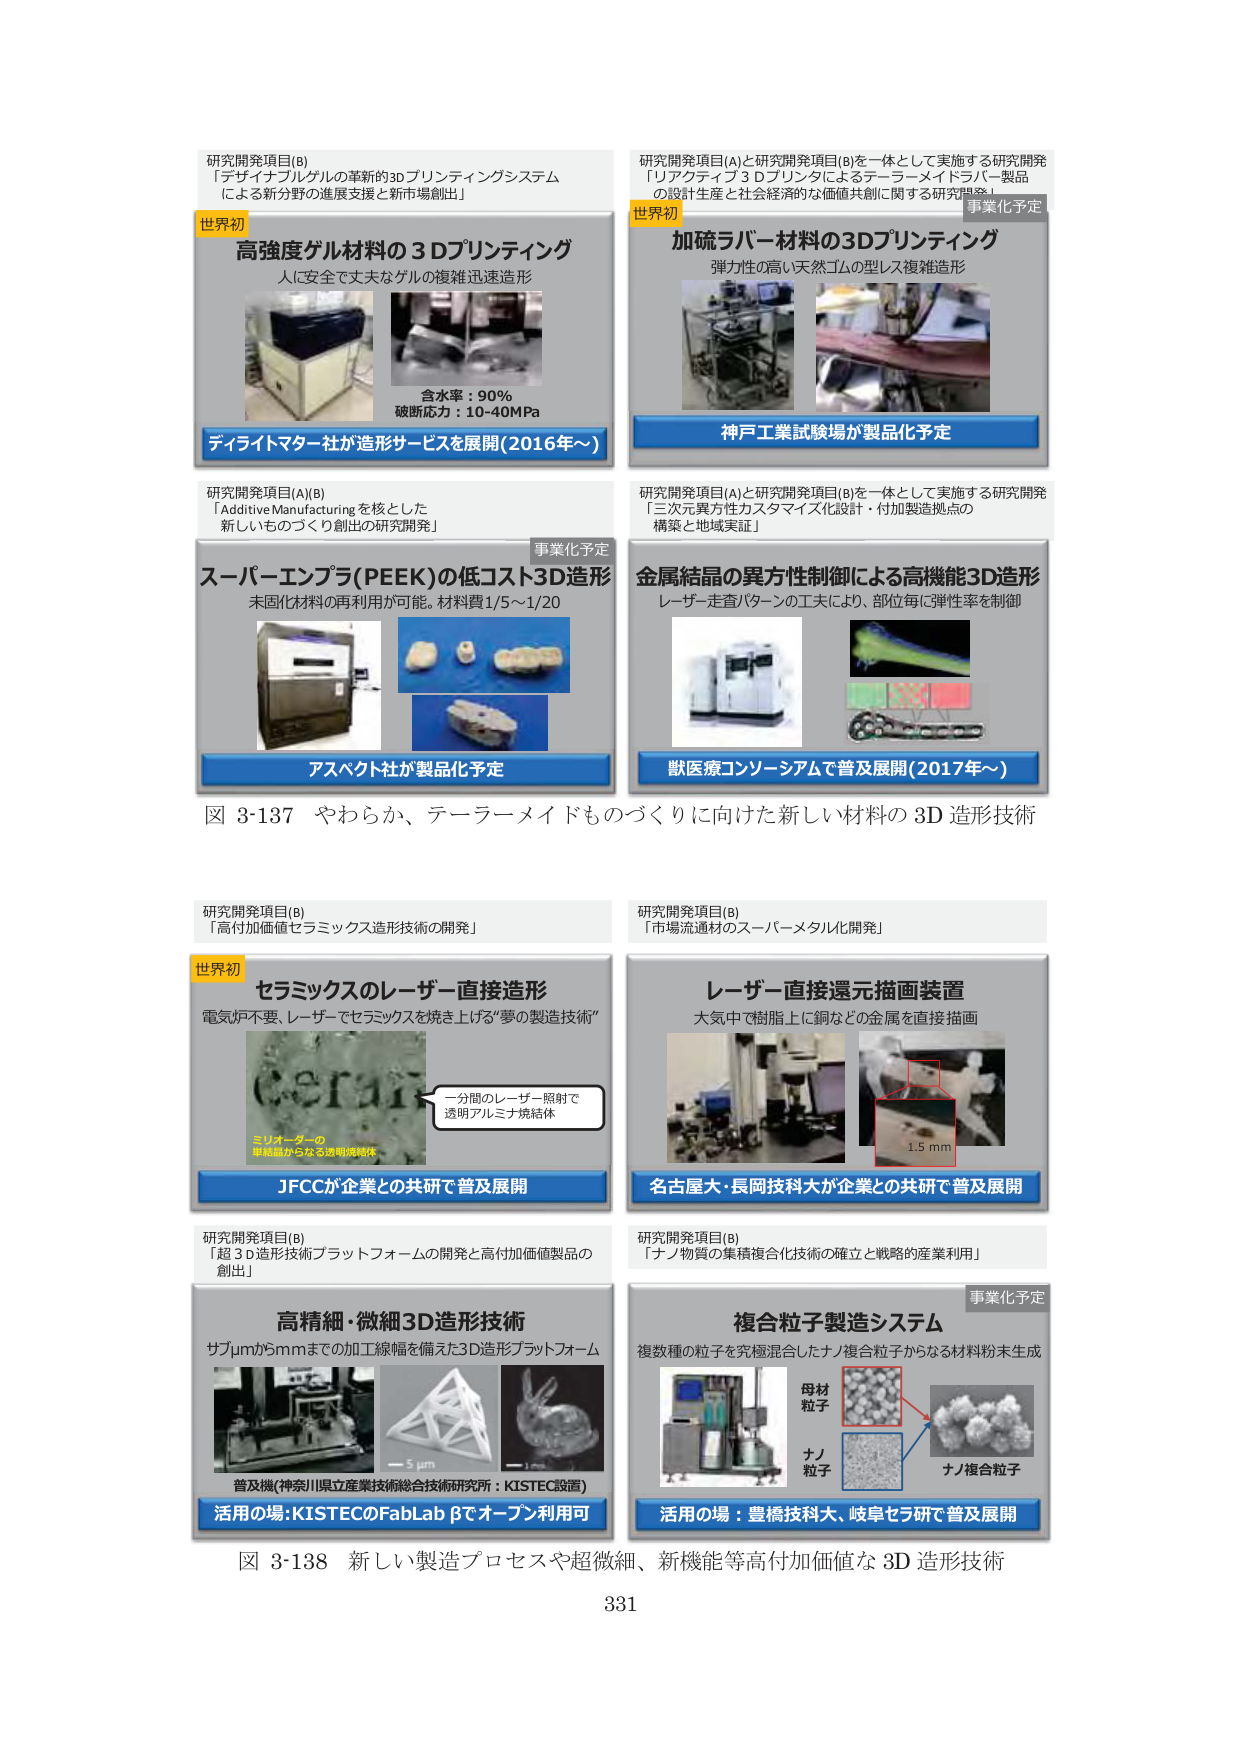
研究開発項目(B)
「デザインブルゲルの革新的3Dプリンティングシステムによる新分野の進展支援と新市場創出」

世界初
高強度ゲル材料の3Dプリンティング
人に安全で丈夫なゲルの複雑迅速造形

含水率：90%
破断応力：10-40MPa

ディライトマター社が造形サービスを展開(2016年～)

研究開発項目(A)(B)
「Additive Manufacturingを核とした新しいものづくり創出の研究開発」

事業化予定
スーパーエンプラ(PEEK)の低コスト3D造形
未回収材料の再利用が可能。材料費1/5～1/20

アスペクト社が製品化予定

研究開発項目(A)と研究開発項目(B)を一体として実施する研究開発
「リアクティブ3Dプリンタによるテーラーメイドラバー製品の設計生産と社会経済的な価値共創に関する研究開発」

世界初
加硫ラバー材料の3Dプリンティング
弾力性の高い天然ゴムの型レス複雑造形

神戸工業試験場が製品化予定

研究開発項目(A)と研究開発項目(B)を一体として実施する研究開発
「三次元異方性カスタマイズ化設計・付加製造拠点の構築と地域実証」

金属結晶の異方性制御による高機能3D造形
レーザー走査パターンの工夫により、部位毎に弾性率を制御

獣医療コンソーシアムで普及展開(2017年～)

図 3-137 やわらか、テーラーメイドものづくりに向けた新しい材料の3D造形技術

研究開発項目(B)
「高付加価値セラミックス造形技術の開発」

世界初
セラミックスのレーザー直接造形
電気炉不要、レーザーでセラミックスを焼き上げる“夢の製造技術”

一分間のレーザー照射で
透明アルミナ焼結体

ミリオーダーの
単結晶からなる透明焼結体

JFCCが企業との共研で普及展開

研究開発項目(B)
「市場流通材のスーパーメタル化開発」

レーザー直接還元描画装置
大気中・樹脂上に銅などの金属を直接描画

1.5 mm

名古屋大・長岡技科大が企業との共研で普及展開

研究開発項目(B)
「超3D造形技術プラットフォームの開発と高付加価値製品の創出」

高精細・微細3D造形技術
サブμmから5mmまでの加工線幅を備えた3D造形プラットフォーム

普及機(神奈川県立産業技術総合技術研究所：KISTEC設置)
活用の場：KISTECのFabLab βでオープン利用可

研究開発項目(B)
「ナノ物質の集積複合化技術の確立と戦略的産業利用」

事業化予定
複合粒子製造システム
複数種の粒子を究極混合したナノ複合粒子からなる材料粉末生成

母材粒子
ナノ粒子
ナノ複合粒子

活用の場：豊橋技科大、岐阜セラ研で普及展開

図 3-138 新しい製造プロセスや超微細、新機能等高付加価値な3D造形技術

331